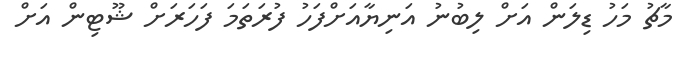
މާޗު މަހު ޑިލަން އަށް ލިބުނު އަނިޔާއަށްފަހު ފުރަތަމަ ފަހަރަށް ޝޫޓިން އަށް